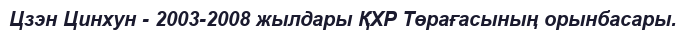
Цзэн Цинхун - 2003-2008 жылдары ҚХР Төрағасының орынбасары.